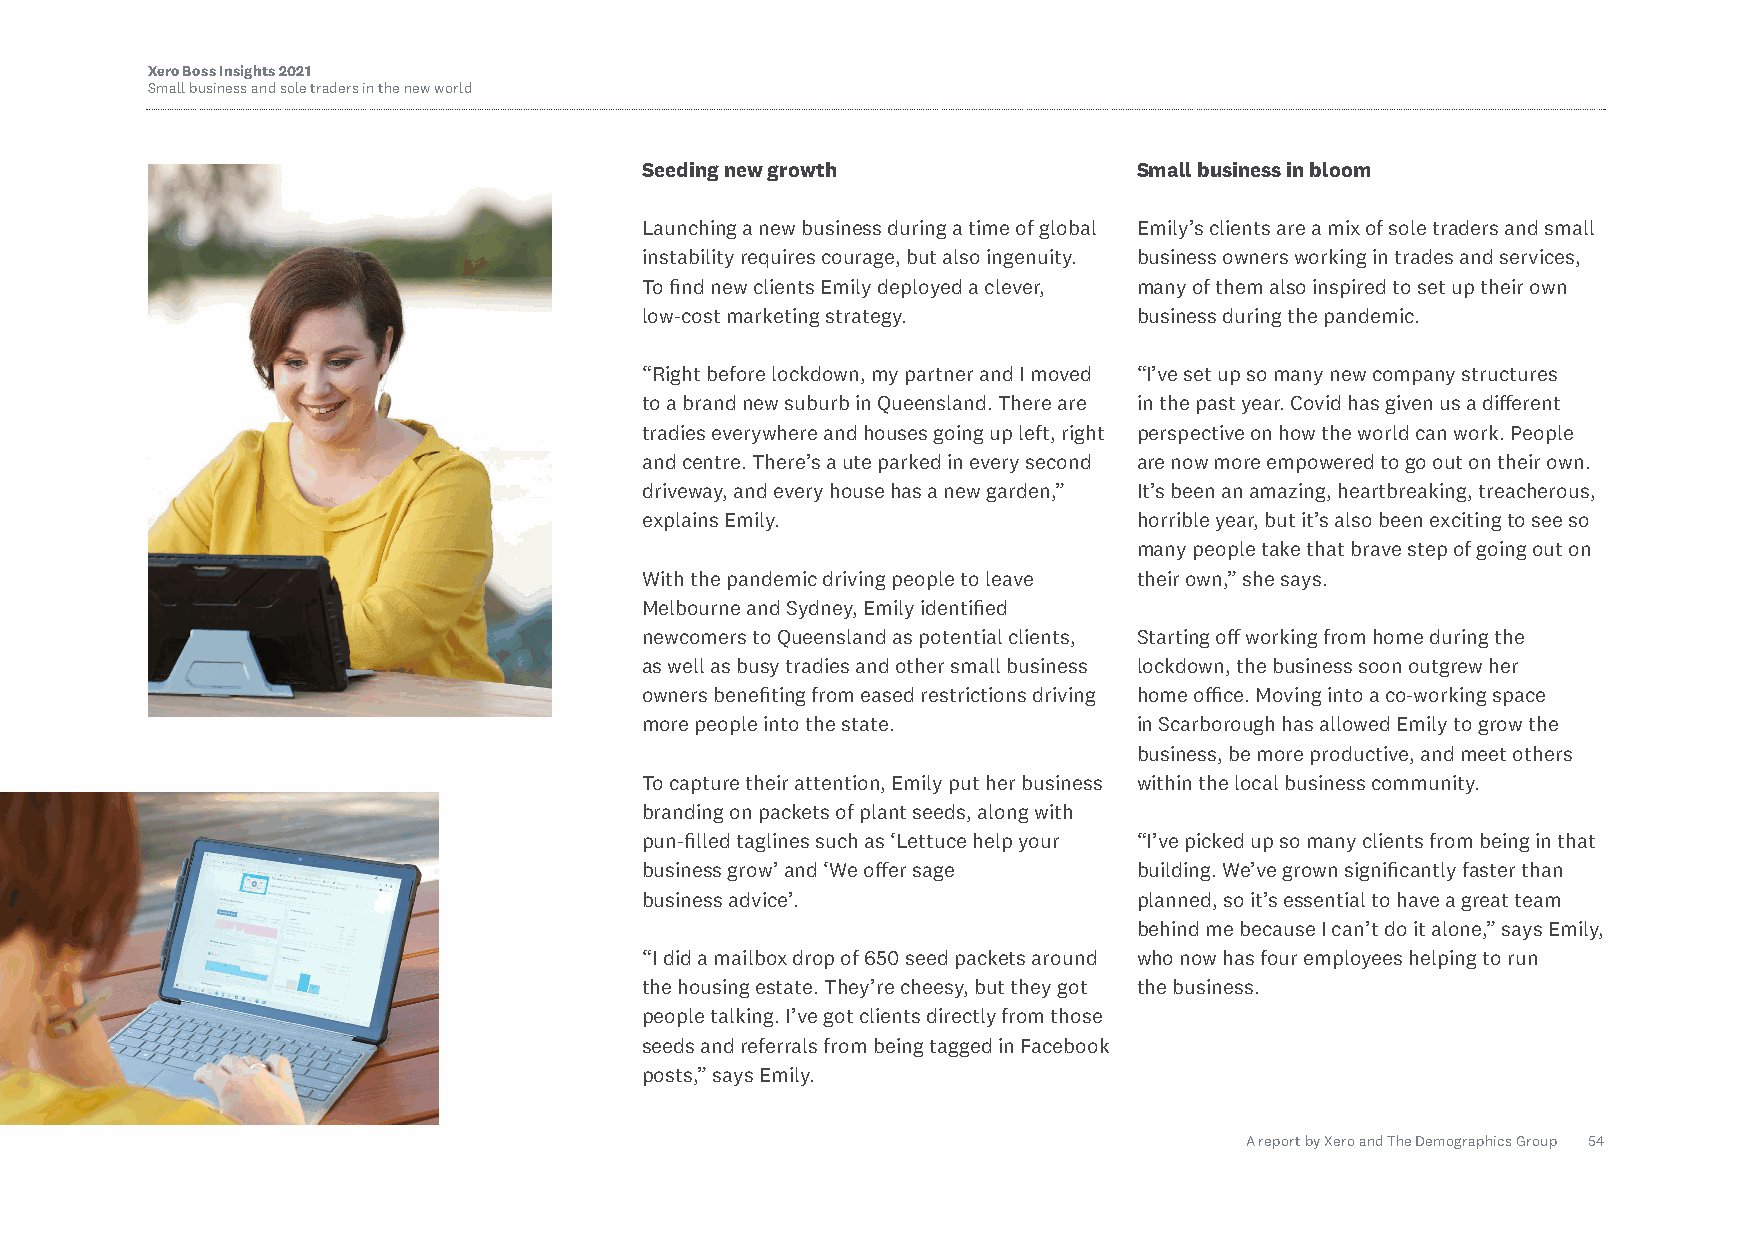
Xero Boss Insights 2021
 Small business and sole traders in the new world
 Seeding new growth              Small business in bloom
 Launching a new business during a time of global Emily’s clients are a mix of sole traders and small
 instability requires courage, but also ingenuity. business owners working in trades and services,
 To find new clients Emily deployed a clever, many of them also inspired to set up their own
 low-cost marketing strategy.    business during the pandemic.
 “Right before lockdown, my partner and I moved “I’ve set up so many new company structures
 to a brand new suburb in Queensland. There are in the past year. Covid has given us a different
 tradies everywhere and houses going up left, right perspective on how the world can work. People
 and centre. There’s a ute parked in every second are now more empowered to go out on their own.
 driveway, and every house has a new garden,” It’s been an amazing, heartbreaking, treacherous,
 explains Emily.                 horrible year, but it’s also been exciting to see so
 many people take that brave step of going out on
 With the pandemic driving people to leave their own,” she says.
 Melbourne and Sydney, Emily identified
 newcomers to Queensland as potential clients, Starting off working from home during the
 as well as busy tradies and other small business lockdown, the business soon outgrew her
 owners benefiting from eased restrictions driving home office. Moving into a co-working space
 more people into the state.     in Scarborough has allowed Emily to grow the
 business, be more productive, and meet others
 To capture their attention, Emily put her business within the local business community.
 branding on packets of plant seeds, along with
 pun-filled taglines such as ‘Lettuce help your “I’ve picked up so many clients from being in that
 business grow’ and ‘We offer sage building. We’ve grown significantly faster than
 business advice’.               planned, so it’s essential to have a great team
 behind me because I can’t do it alone,” says Emily,
 “I did a mailbox drop of 650 seed packets around who now has four employees helping to run
 the housing estate. They’re cheesy, but they got the business.
 people talking. I’ve got clients directly from those
 seeds and referrals from being tagged in Facebook
 posts,” says Emily.
 A report by Xero and The Demographics Group 54